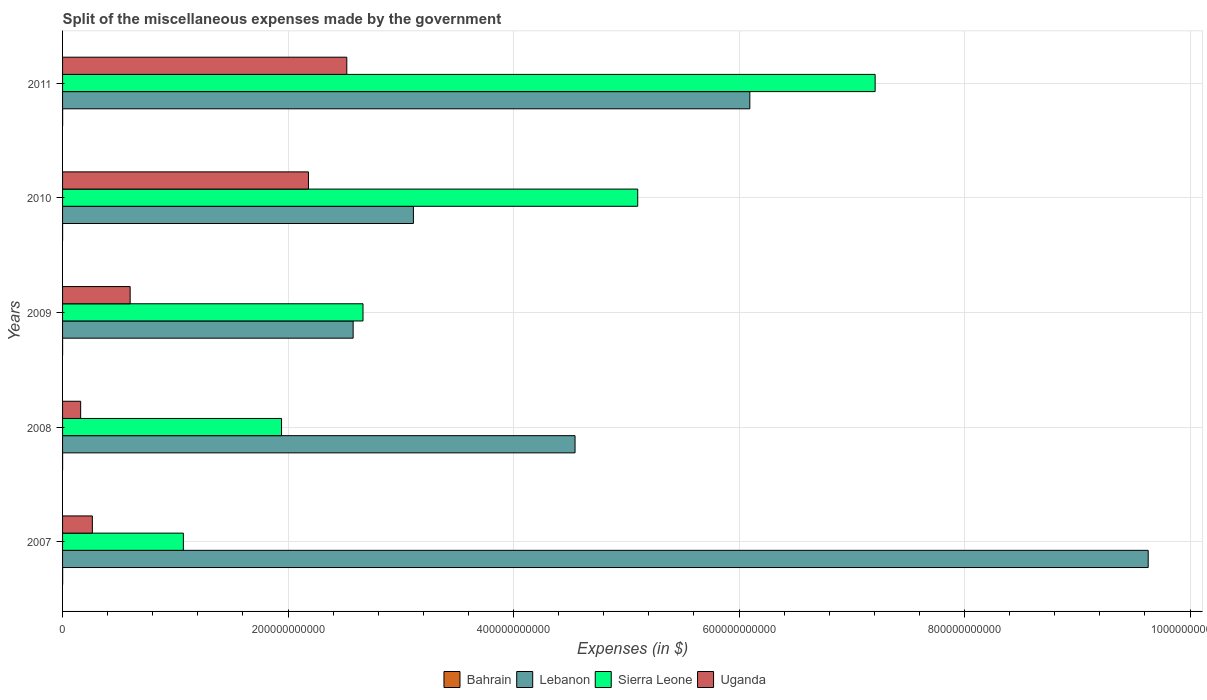
| Years | Bahrain | Lebanon | Sierra Leone | Uganda |
 | --- | --- | --- | --- | --- |
 | 2007 | 5.97e+07 | 9.63e+11 | 1.07e+11 | 2.64e+10 |
 | 2008 | 1.9e+07 | 4.55e+11 | 1.94e+11 | 1.6e+10 |
 | 2009 | 2.67e+07 | 2.58e+11 | 2.66e+11 | 6e+10 |
 | 2010 | 2.5e+07 | 3.11e+11 | 5.1e+11 | 2.18e+11 |
 | 2011 | 5.82e+07 | 6.1e+11 | 7.21e+11 | 2.52e+11 |